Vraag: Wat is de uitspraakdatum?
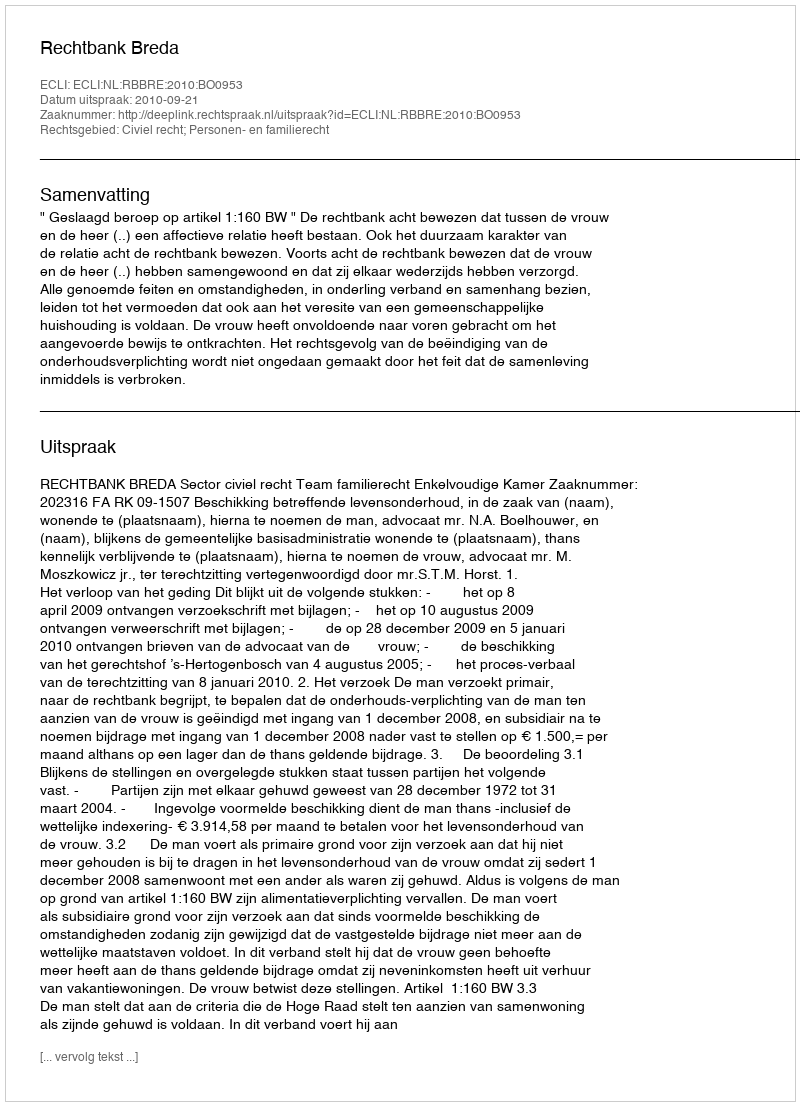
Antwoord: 2010-09-21